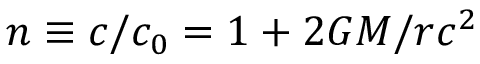
n \equiv c / c _ { 0 } = 1 + 2 G M / r c ^ { 2 }